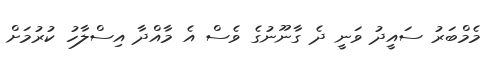
މެމްބަރު ސައީދު ވަނީ ދެ ގާނޫނުގެ ވެސް އެ މާއްދާ އިސްލާހު ކުރުމަށް